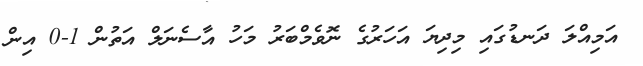
އަމިއްލަ ދަނޑުގައި މިދިޔަ އަހަރުގެ ނޮވެމްބަރު މަހު އާސެނަލް އަތުން 1-0 އިން